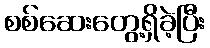
စစ်ဆေးတွေ့ရှိခဲ့ပြီး